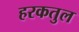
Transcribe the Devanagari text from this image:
हरकतुल